Report on the bubonic plague in Bombay, 1896-1897
Year: 1896
Disease focus: Plague
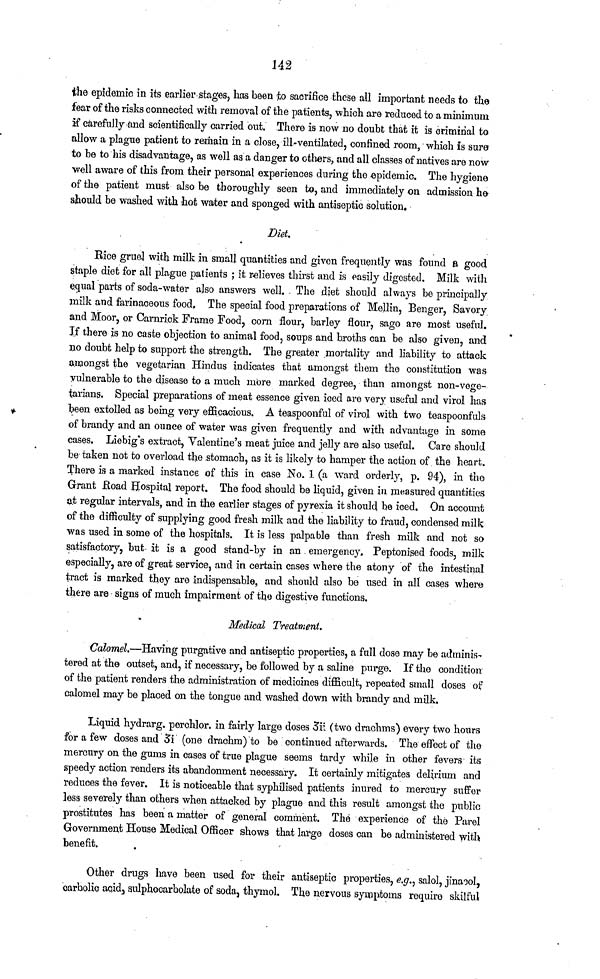
142
the epidemic in its earlier stages, has been to sacrifice these ail important needs to the
fear of the risks connected with removal of the patients, which are reduced to a minimum
if carefully and scientifically carried out. There is now no doubt that it is criminal to
allow a plague patient to remain in a close, ill-ventilated, confined room, which is sure
to be to his disadvantage, as well as a danger to others, and all classes of natives are now
well aware of this from their personal experiences during the epidemic. The hygiene
of the patient must also be thoroughly seen to, and immediately on admission he
should be washed with hot water and sponged with antiseptic solution.
Diet.
Rice gruel with milk in small quantities and given frequently was found a good
staple diet for all plague patients ; it relieves thirst and is easily digested. Milk with
equal parts of soda-water also answers well. The diet should always be principally
milk and farinaceous food, The special food preparations of Mellin, Benger, Savory
and Moor, or Carnrick Frame Food, corn flour, barley flour, sago are most useful.
If there is no caste objection to animal food, soups and broths can be also given, and
no doubt help to support the strength. The greater mortality and liability to attack
amongst the vegetarian Hindus indicates that amongst them the constitution was
vulnerable to the disease to a much more marked degree, than amongst non-vege-
tarians. Special preparations of meat essence given iced are very useful and virol has
been extolled as being very efficacious. A teaspoonful of virol with two teaspoonfuls
of brandy and an ounce of water was given frequently and with advantage in some
cases. Liebig's extract, Valentine's meat juice and jelly are also useful. Care should
be taken not to overload the stomach, as it is likely to hamper the action of the heart.
There is a marked instance of this in case No. 1 (a ward orderly, p. 94), in the
Grant Road Hospital report. The food should be liquid, given in measured quantities
at regular intervals, and in the earlier stages of pyrexia it should be iced. On account
of the difficulty of supplying good fresh milk and the liability to fraud, condensed milk
was used in some of the hospitals. It is less palpable than fresh milk and not so
satisfactory, but- it is a good stand-by in an emergency, Peptonised foods, milk
especially, are of great service, and in certain cases where the atony of the intestinal
tract is marked they are indispensable, and should also be used in all cases where
there are signs of much impairment of the digestive functions.
Medical Treatment.
Calomel.—Having purgative and antiseptic properties, a full dose may be adminis-
tered at the outset, and, if necessary, be followed by a saline purge. If the condition
of the patient renders the administration of medicines difficult, repeated small doses of
calomel may be placed on the tongue and washed down with brandy and milk.
Liquid hydrarg. perchlor. in fairly large doses 3ii (two drachms) every two hours
for a few doses and 3i (one drachm) to be continued afterwards. The effect of the
mercury on the gums in cases of true plague seems tardy while in other fevers its
speedy action renders its abandonment necessary. It certainly mitigates delirium and
reduces the fever. It is noticeable that syphilised patients inured to mercury suffer
less severely than others when attacked by plague and this result amongst the public
prostitutes has been a matter of general comment. The experience of the Parel
Government House Medical Officer shows that large doses can be administered with
benefit.
Other drugs have been used for their antiseptic properties, e.g., salol, jinacol,
carbolic acid, sulphocarbolate of soda, thymol. The nervous symptoms require skilful